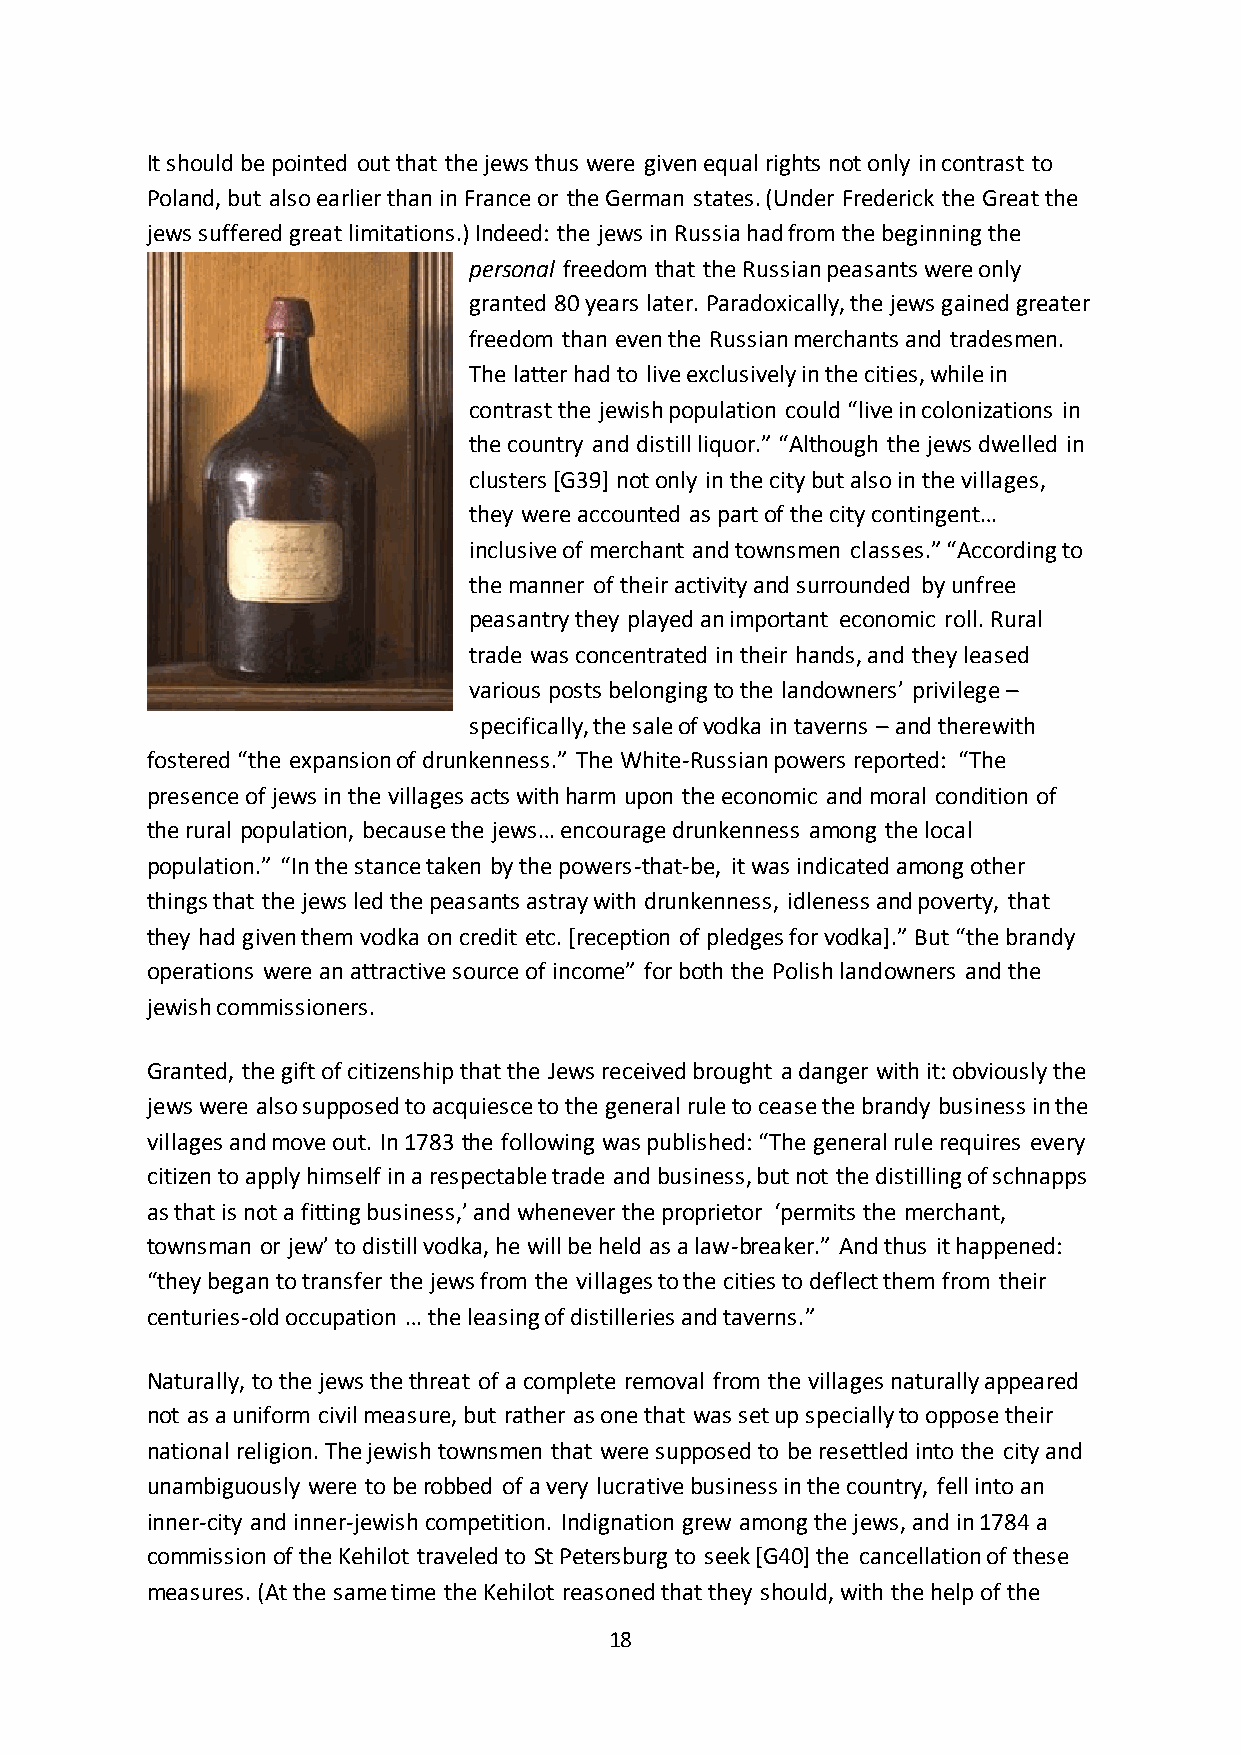
It should be pointed out that the jews thus were given equal rights not only in contrast to
 Poland, but also earlier than in France or the German states. (Under Frederick the Great the
 jews suffered great limitations.) Indeed: the jews in Russia had from the beginning the
 personal freedom that the Russian peasants were only
 granted 80 years later. Paradoxically, the jews gained greater
 freedom than even the Russian merchants and tradesmen.
 The latter had to live exclusively in the cities, while in
 contrast the jewish population could “live in colonizations in
 the country and distill liquor.” “Although the jews dwelled in
 clusters [G39] not only in the city but also in the villages,
 they were accounted as part of the city contingent…
 inclusive of merchant and townsmen classes.” “According to
 the manner of their activity and surrounded by unfree
 peasantry they played an important economic roll. Rural
 trade was concentrated in their hands, and they leased
 various posts belonging to the landowners’ privilege –
 specifically, the sale of vodka in taverns – and therewith
 fostered “the expansion of drunkenness.” The White-Russian powers reported: “The
 presence of jews in the villages acts with harm upon the economic and moral condition of
 the rural population, because the jews… encourage drunkenness among the local
 population.” “In the stance taken by the powers-that-be, it was indicated among other
 things that the jews led the peasants astray with drunkenness, idleness and poverty, that
 they had given them vodka on credit etc. *reception of pledges for vodka+.” But “the brandy
 operations were an attractive source of income” for both the Polish landowners and the
 jewish commissioners.
 Granted, the gift of citizenship that the Jews received brought a danger with it: obviously the
 jews were also supposed to acquiesce to the general rule to cease the brandy business in the
 villages and move out. In 1783 the following was published: “The general rule requires every
 citizen to apply himself in a respectable trade and business, but not the distilling of schnapps
 as that is not a fitting business,’ and whenever the proprietor ‘permits the merchant,
 townsman or jew’ to distill vodka, he will be held as a law-breaker.” And thus it happened:
 “they began to transfer the jews from the villages to the cities to deflect them from their
 centuries-old occupation … the leasing of distilleries and taverns.”
 Naturally, to the jews the threat of a complete removal from the villages naturally appeared
 not as a uniform civil measure, but rather as one that was set up specially to oppose their
 national religion. The jewish townsmen that were supposed to be resettled into the city and
 unambiguously were to be robbed of a very lucrative business in the country, fell into an
 inner-city and inner-jewish competition. Indignation grew among the jews, and in 1784 a
 commission of the Kehilot traveled to St Petersburg to seek [G40] the cancellation of these
 measures. (At the same time the Kehilot reasoned that they should, with the help of the
 18